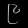
Digit: ၉